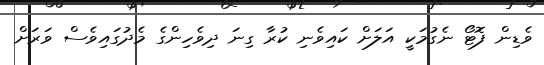
ވެޑިން ފޮޓޯ ނެގުމަކީ އަލަށް ކައިވެނި ކުރާ ގިނަ ދިވެހިންގެ މެދުގައިވެސް ވަރަށް